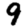
Digit: 9